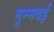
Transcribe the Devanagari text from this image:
मुम्मबई